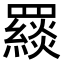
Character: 𦌪